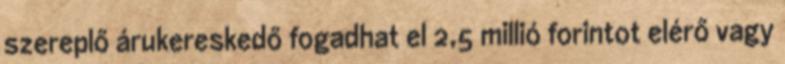
szereplő árukereskedő fogadhat el 2,5 millió forintot elérő vagy